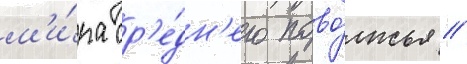
м'и́ра ср'е́дн'его пово́лжья //